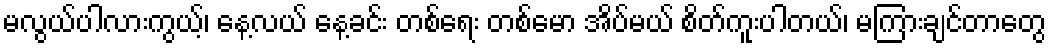
မလွယ်ပါလားကွယ့်၊ နေ့လယ် နေ့ခင်း တစ်ရေး တစ်မော အိပ်မယ် စိတ်ကူးပါတယ်၊ မကြားချင်တာတွေ